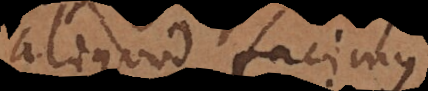
aliquod facimus